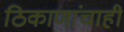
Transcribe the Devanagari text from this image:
ठिकाणांचाही